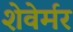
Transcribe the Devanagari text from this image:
शेवेर्मर